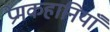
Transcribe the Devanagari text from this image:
प्रेमकहानियाँ